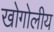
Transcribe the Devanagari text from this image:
खोगोलीय